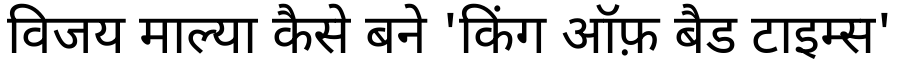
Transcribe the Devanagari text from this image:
विजय माल्या कैसे बने 'किंग ऑफ़ बैड टाइम्स'